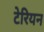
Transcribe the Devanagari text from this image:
टेरियन